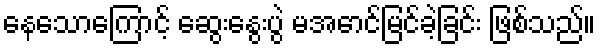
နေသောကြောင့် ဆွေးနွေးပွဲ မအောင်မြင်ခဲ့ခြင်း ဖြစ်သည်။